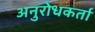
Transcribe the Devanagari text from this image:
अनुरोधकर्ता